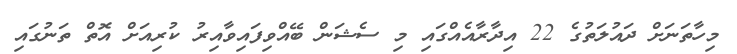
މިހާތަނަށް ދައުލަތުގެ 22 އިދާރާއެއްގައި މި ސެޝަން ބޭއްވިފައިވާއިރު ކުރިއަށް އޮތް ތަނުގައި